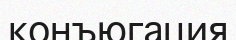
конъюгация